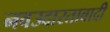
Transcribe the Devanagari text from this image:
नवउदारतावादी